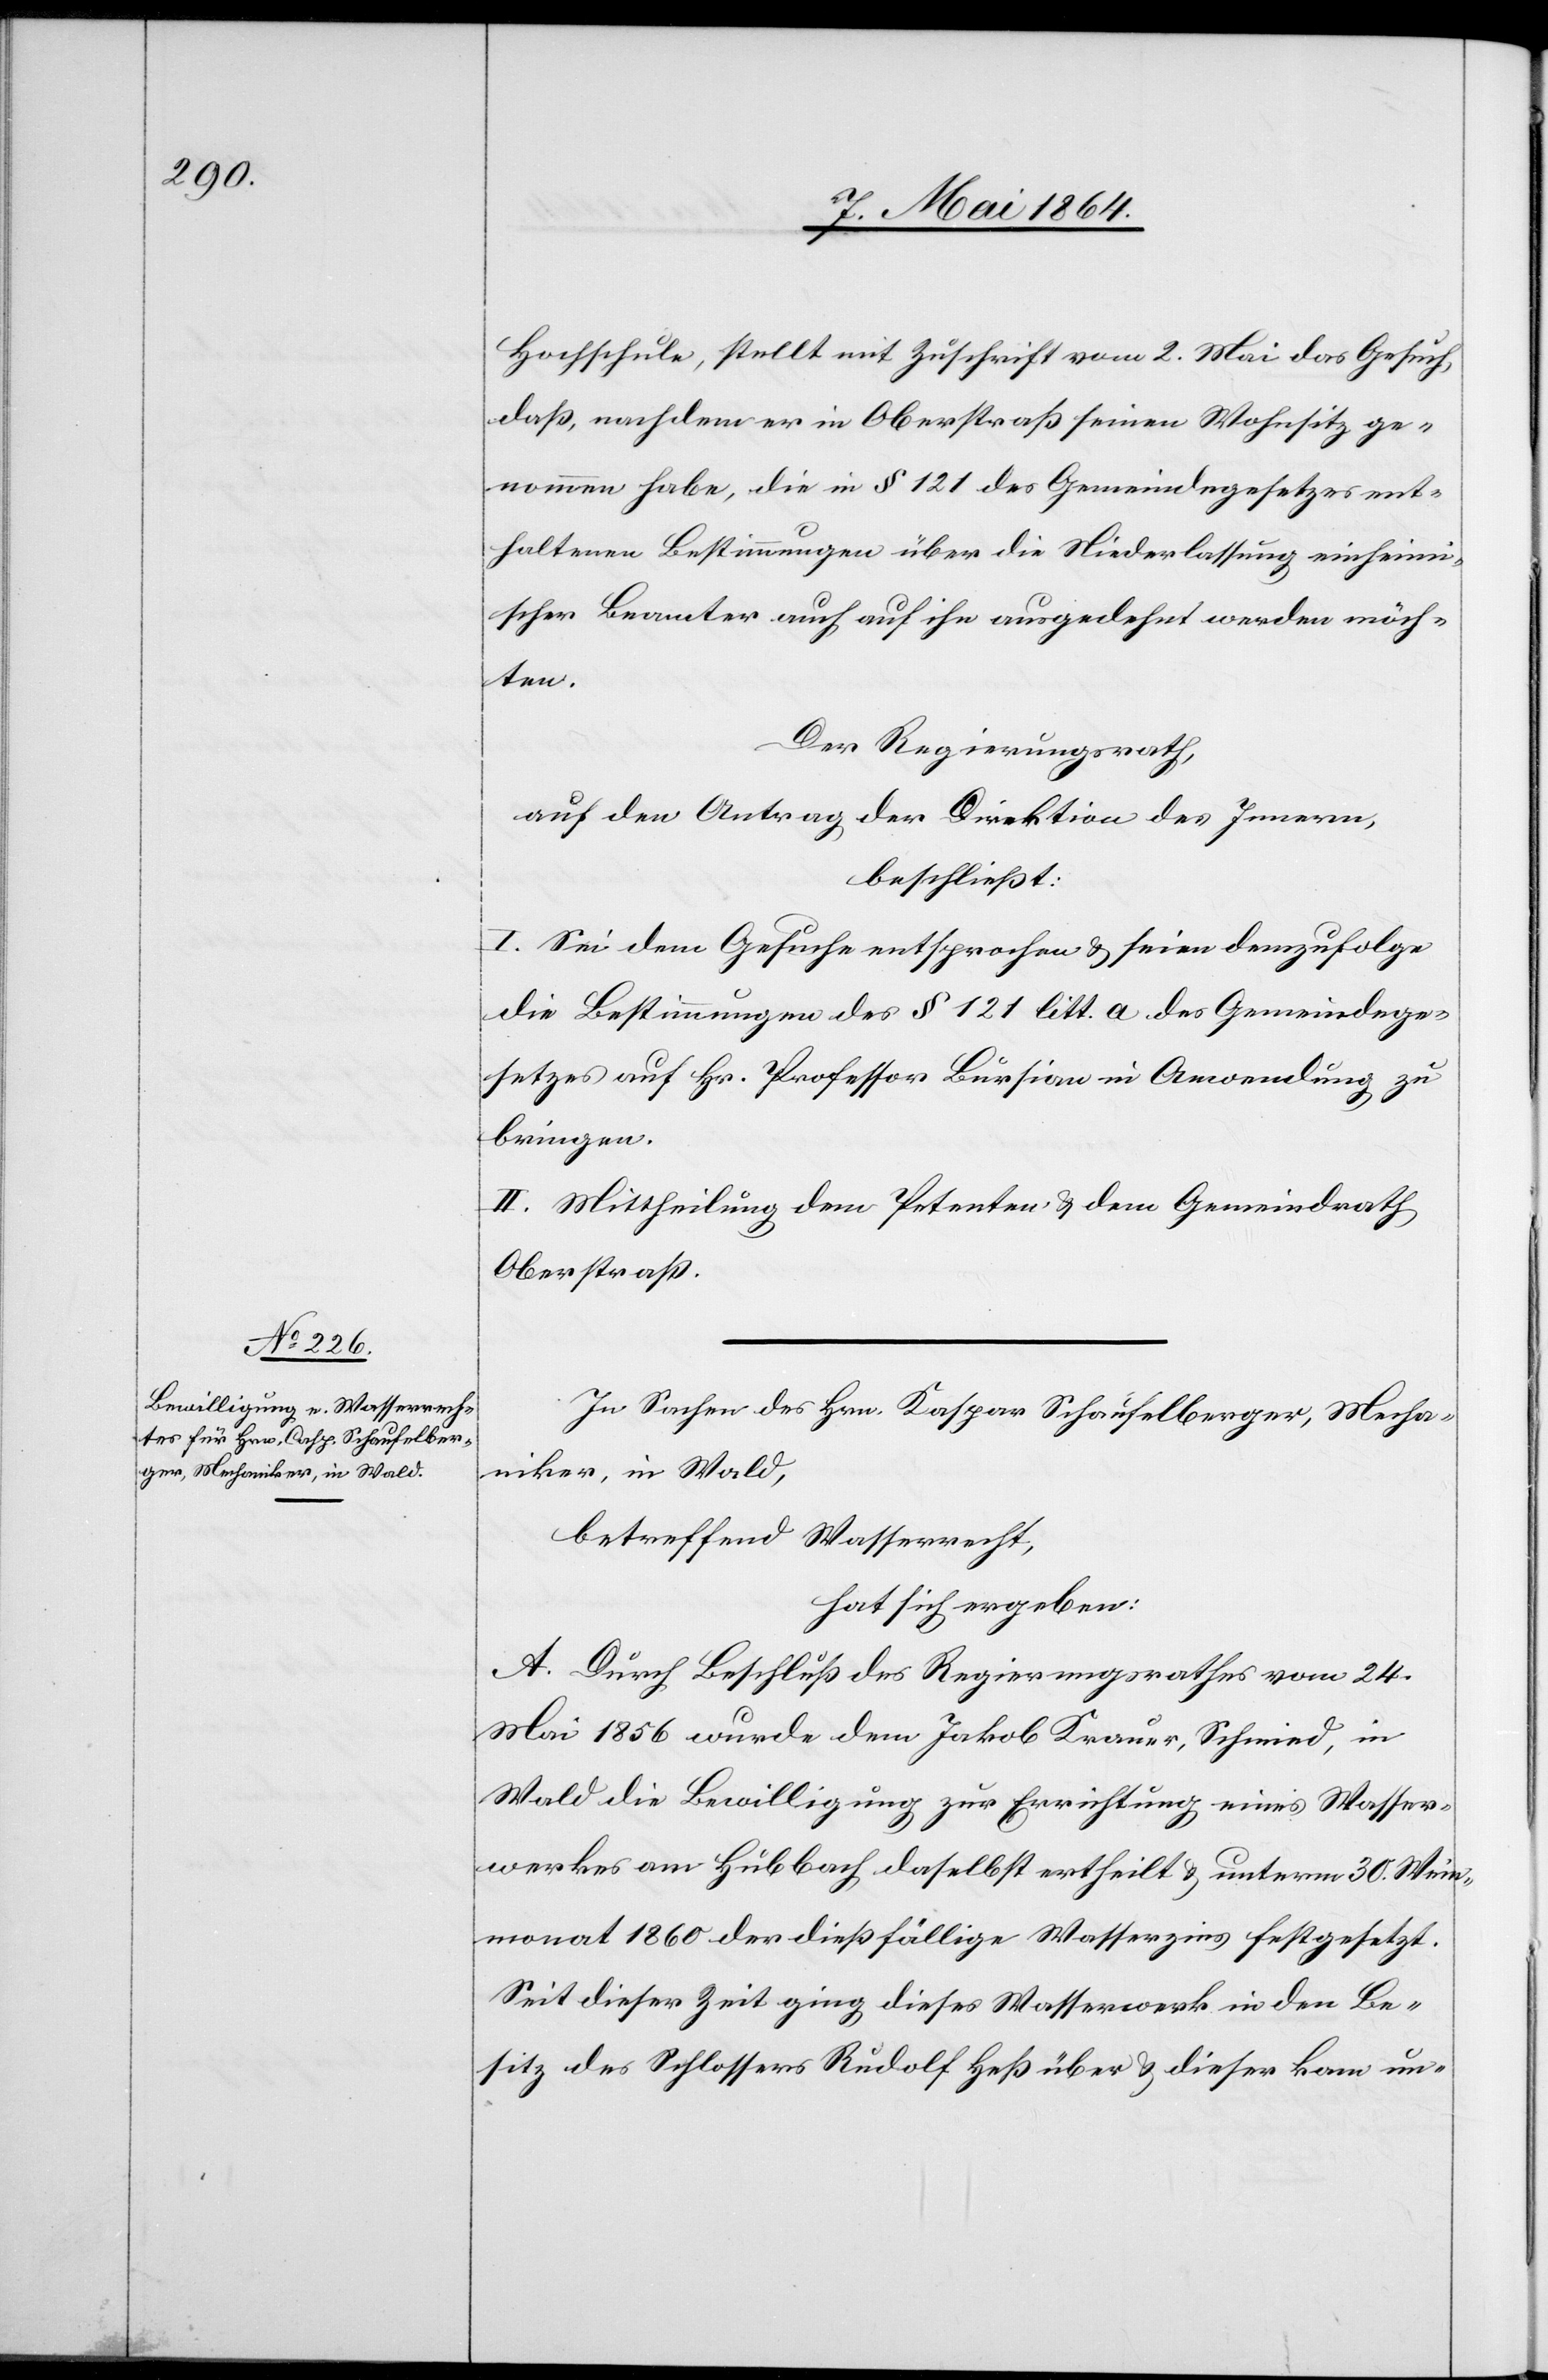
Hochschule, stellt mit Zuschrift vom 2. Mai das Gesuch,
daß, nachdem er in Oberstraß seinen Wohnsitz ge¬
nommen habe, die in § 121 des Gemeindegesetzes ent¬
haltenen Bestimmungen über die Niederlassung einheimi¬
scher Beamter auch auf ihn ausgedehnt werden möch¬
ten.
Der Regierungsrath,
auf den Antrag der Direktion des Innern,
beschließt:
I. Sei dem Gesuche entsprochen u. seien demzufolge
die Bestimmungen des § 121 litt. a des Gemeindege¬
setzes auf Hr. Professor Bursian in Anwendung zu
bringen.
II. Mittheilung dem Petenten u. dem Gemeindrath
Oberstraß.
In Sachen des Hrn. Kaspar Schaufelberger, Mecha¬
niker, in Wald,
betreffend Wasserrecht,
hat sich ergeben:
A. Durch Beschluß des Regierungsrathes vom 24.
Mai 1856 wurde dem Jakob Krauer, Schmied, in
Wald die Bewilligung zur Errichtung eines Wasser¬
werkes am Hübbach daselbst ertheilt u. unterm 30. Wein¬
monat 1860 der dießfällige Wasserzins festgesetzt.
Seit dieser Zeit ging dieses Wasserwerk in den Be¬
sitz des Schlossers Rudolf Heß über u. dieser kam un-